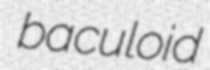
baculoid